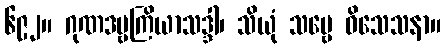
၆၉၂။ ဂုဏဒဗ္ဗကြိယာသဒ္ဒါ၊ သိယုံ သဗ္ဗေ ဝိသေသနာ။